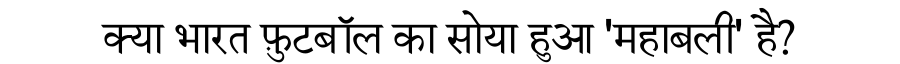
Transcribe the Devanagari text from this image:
क्या भारत फ़ुटबॉल का सोया हुआ 'महाबली' है?